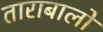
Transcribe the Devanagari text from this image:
ताराबालो